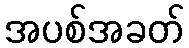
အပစ်အခတ်